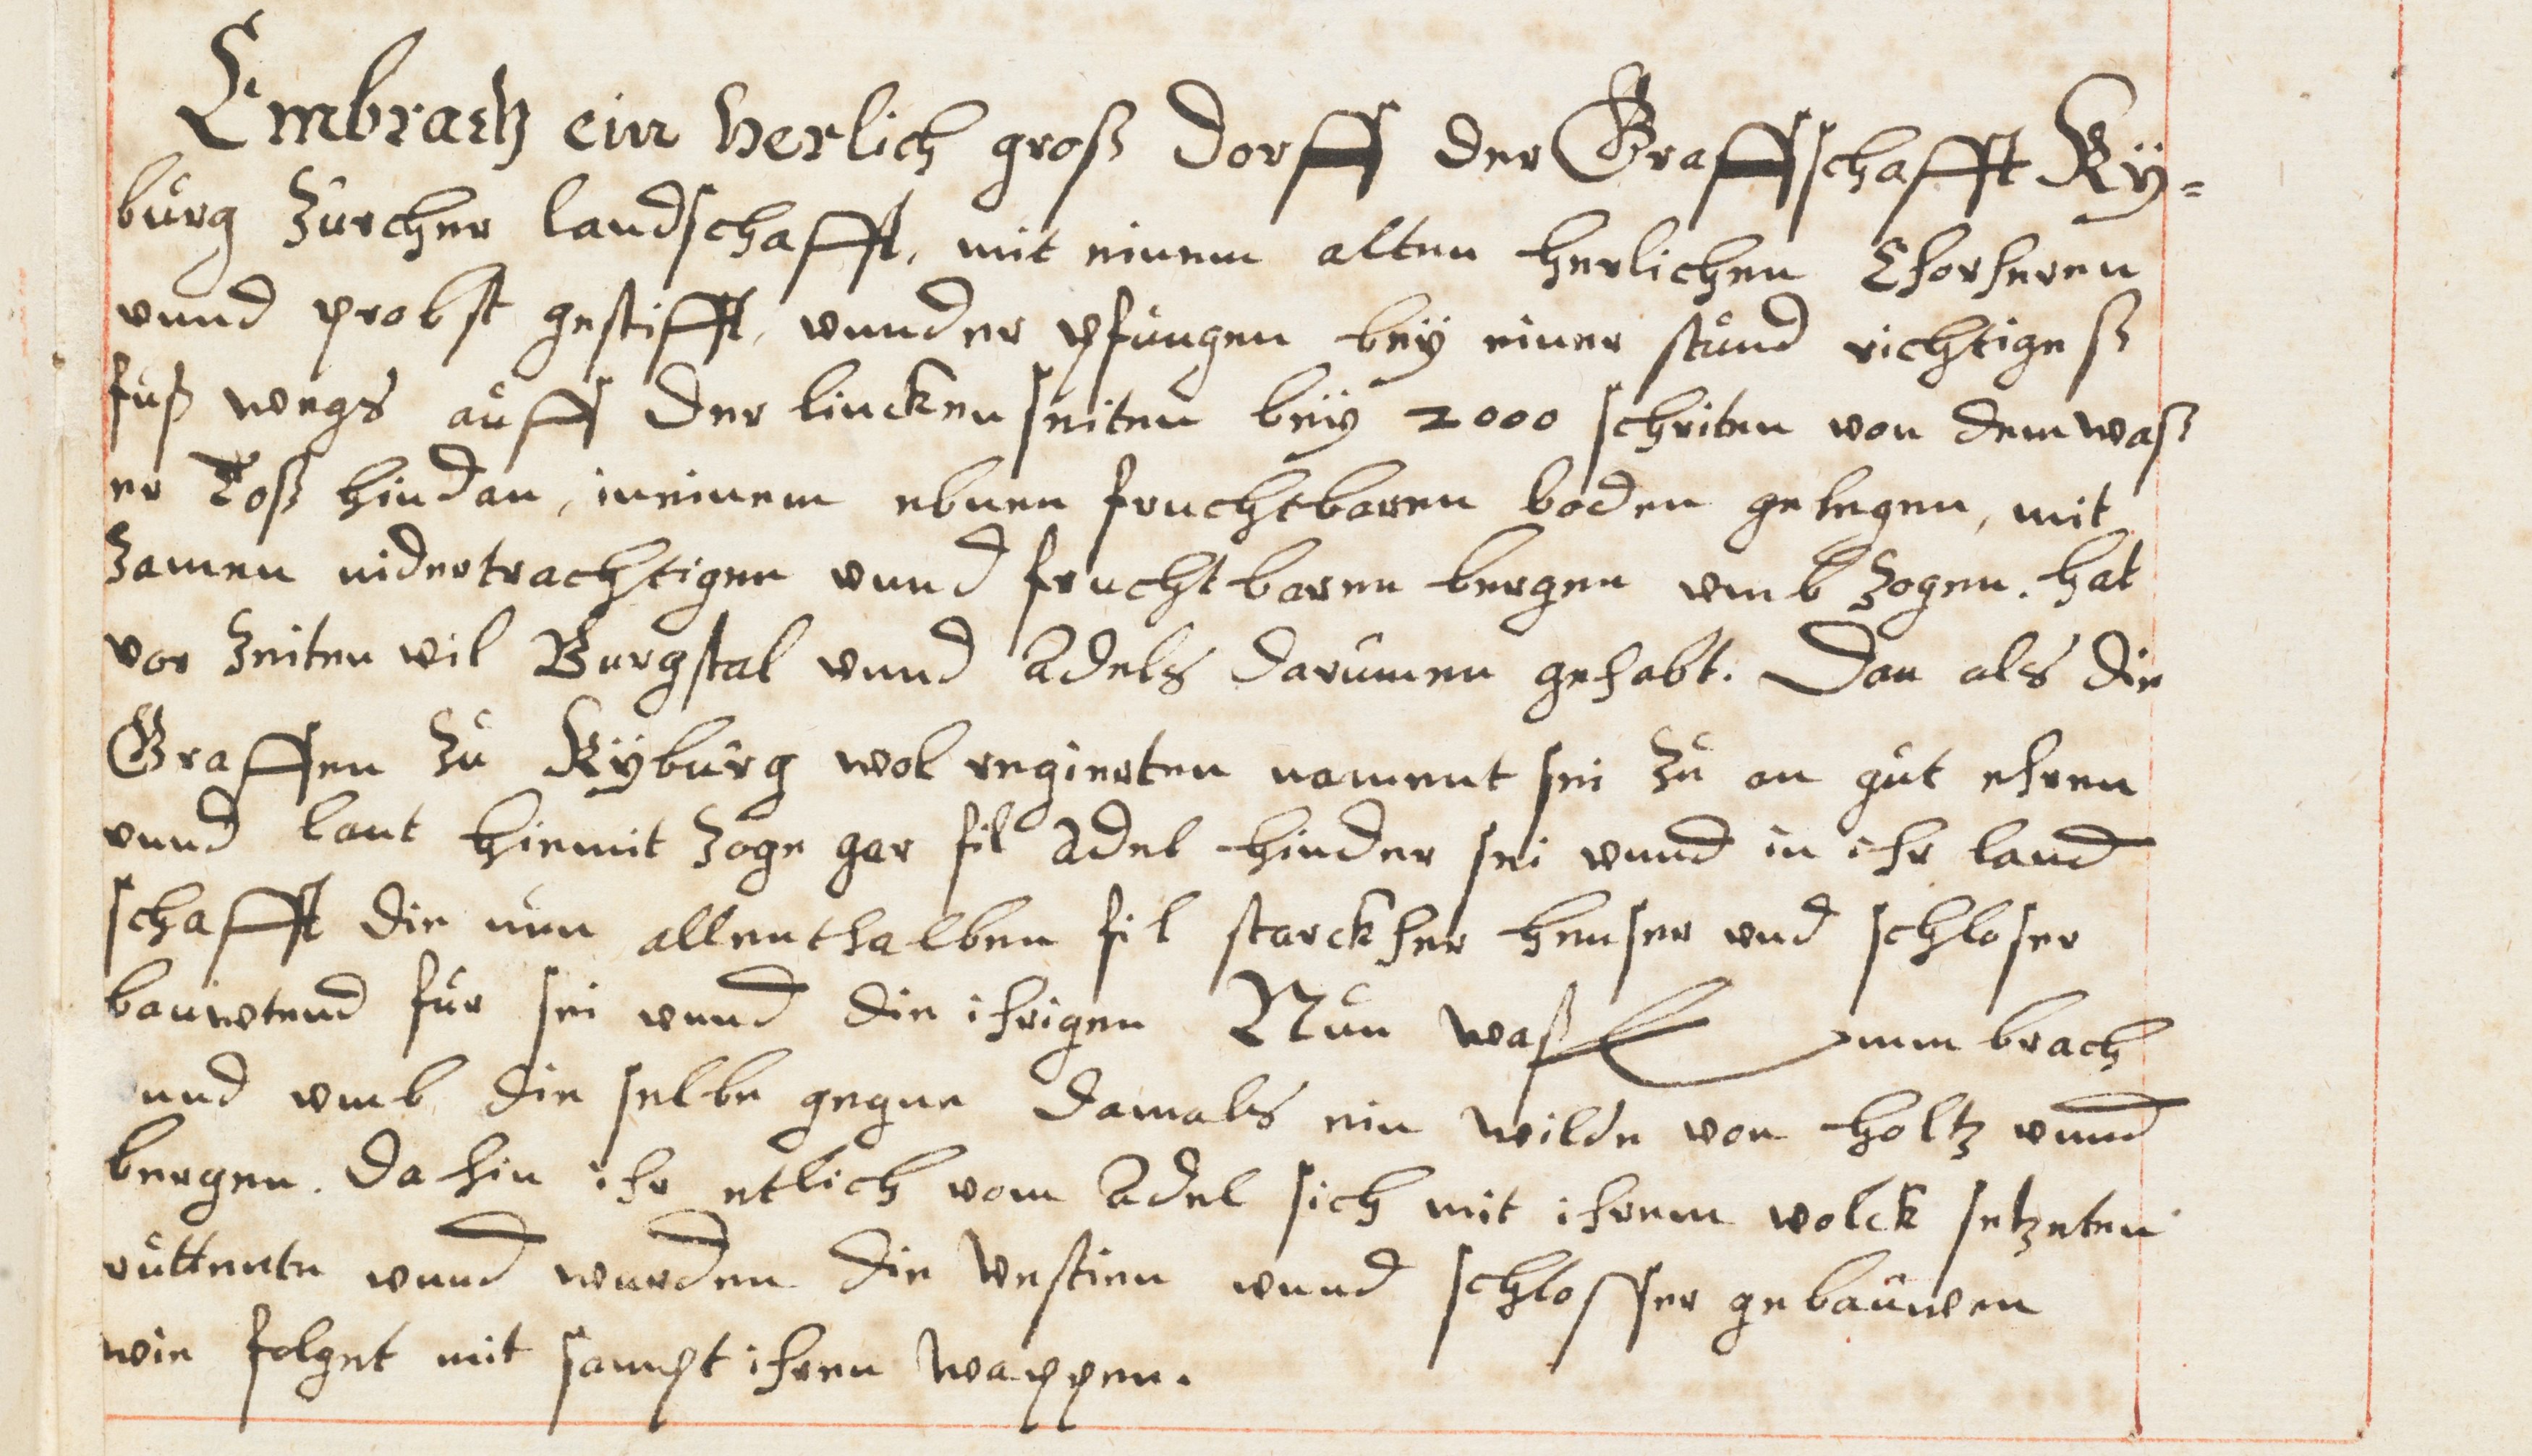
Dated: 1614–1638